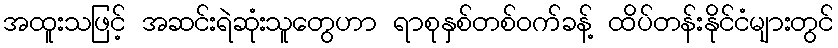
အထူးသဖြင့် အဆင်းရဲဆုံးသူတွေဟာ ရာစုနှစ်တစ်ဝက်ခန့် ထိပ်တန်းနိုင်ငံများတွင်